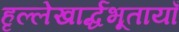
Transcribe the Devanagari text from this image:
हृल्लेखार्द्धभूतायाँ